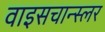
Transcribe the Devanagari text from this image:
वाइसचान्स्लर